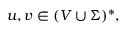
u , v \in ( V \cup \Sigma ) ^ { * } ,